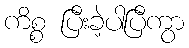
ကိစ္စ ပြီးခဲ့ပါပြီကွာ